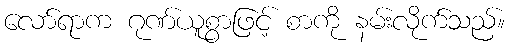
လော်ရာက ဂုဏ်ယူစွာဖြင့် စာကို နမ်းလိုက်သည်။